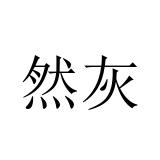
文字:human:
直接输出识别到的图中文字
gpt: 然灰